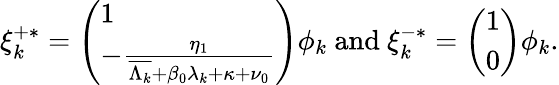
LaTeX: \begin{array}{r}{\xi_{k}^{+*}=\left(\begin{array}{l}{1}\\ {-\frac{\eta_{1}}{\overline{{\Lambda_{k}}}+\beta_{0}\lambda_{k}+\kappa+\nu_{0}}}\end{array}\right)\phi_{k}\mathrm{~and~}\xi_{k}^{-*}=\left(\begin{array}{l}{1}\\ {0}\end{array}\right)\phi_{k}.}\end{array}